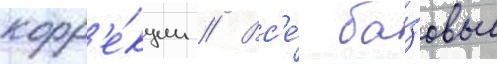
корр'е́кции // Вс'е́ ба́зовые